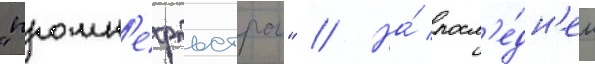
"промн'ефтьстрои" // На́ посл'е́дн'ем